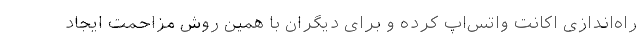
راه‌اندازی اکانت واتس‌اپ کرده و برای دیگران با همین روش مزاحمت ایجاد